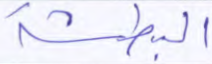
البطشة